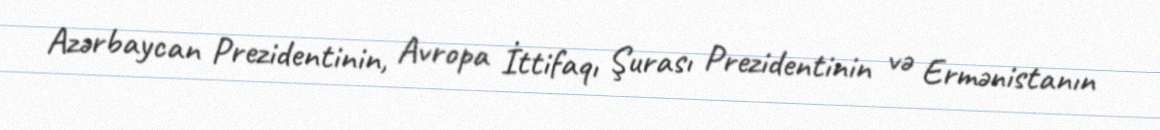
Azərbaycan Prezidentinin, Avropa İttifaqı Şurası Prezidentinin və Ermənistanın